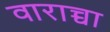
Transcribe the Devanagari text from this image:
वाराच्चा